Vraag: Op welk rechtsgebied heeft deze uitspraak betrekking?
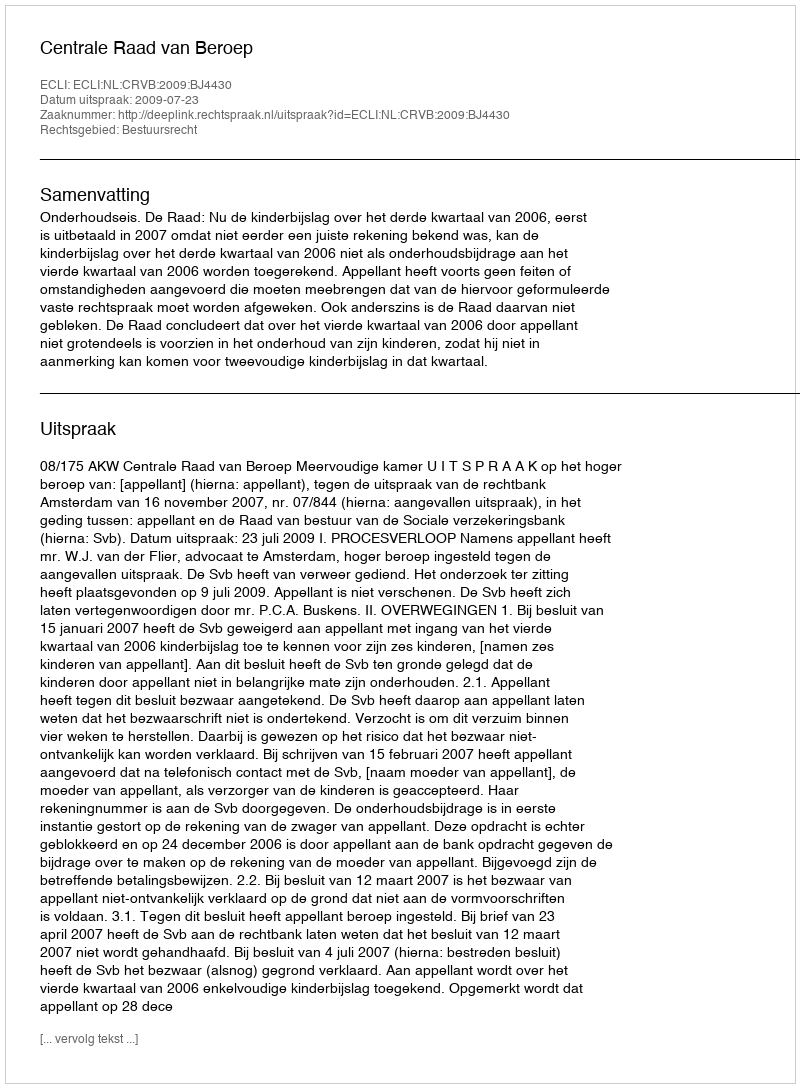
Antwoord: Bestuursrecht